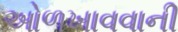
ઓળખાવવાની